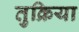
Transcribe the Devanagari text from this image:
तुक्रिया